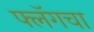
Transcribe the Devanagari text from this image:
फ्लॅगचा